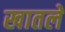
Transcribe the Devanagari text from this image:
खातले